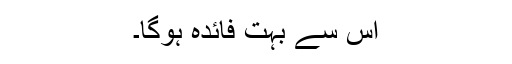
اس سے بہت فائدہ ہوگا۔